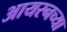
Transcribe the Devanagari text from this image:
आयरनच्या